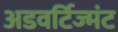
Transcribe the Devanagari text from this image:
अडवर्टिज्मंट